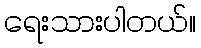
ရေးသားပါတယ်။